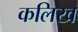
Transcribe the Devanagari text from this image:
कलिख